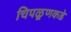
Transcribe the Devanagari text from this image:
चिपळूणकडे